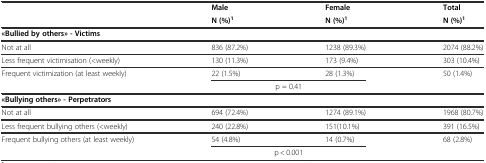
<table><thead><tr><td></td><td><b>Male</b></td><td><b>Female</b></td><td><b>Total</b></td></tr><tr><td></td><td><b>N (%)<sup>1</sup></b></td><td><b>N (%)<sup>1</sup></b></td><td><b>N (%)<sup>1</sup></b></td></tr></thead><tbody><tr><td><b>«Bullied by others» - Victims</b></td><td></td><td></td><td></td></tr><tr><td>Not at all</td><td>836 (87.2%)</td><td>1238 (89.3%)</td><td>2074 (88.2%)</td></tr><tr><td>Less frequent victimisation (&lt;weekly)</td><td>130 (11.3%)</td><td>173 (9.4%)</td><td>303 (10.4%)</td></tr><tr><td>Frequent victimization (at least weekly)</td><td>22 (1.5%)</td><td>28 (1.3%)</td><td>50 (1.4%)</td></tr><tr><td></td><td>p = 0.41</td><td></td><td></td></tr><tr><td><b>«Bullying others» - Perpetrators</b></td><td></td><td></td><td></td></tr><tr><td>Not at all</td><td>694 (72.4%)</td><td>1274 (89.1%)</td><td>1968 (80.7%)</td></tr><tr><td>Less frequent bullying others (&lt;weekly)</td><td>240 (22.8%)</td><td>151(10.1%)</td><td>391 (16.5%)</td></tr><tr><td>Frequent bullying others (at least weekly)</td><td>54 (4.8%)</td><td>14 (0.7%)</td><td>68 (2.8%)</td></tr><tr><td></td><td>p &lt; 0.001</td><td></td><td></td></tr></tbody></table>